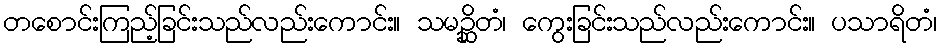
တစောင်းကြည့်ခြင်းသည်လည်းကောင်း။ သမဉ္ဆိတံ၊ ကွေးခြင်းသည်လည်းကောင်း။ ပသာရိတံ၊